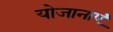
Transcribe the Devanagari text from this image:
योजानाएं